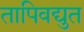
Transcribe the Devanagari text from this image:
तापिवद्युत